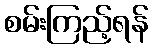
စမ်းကြည့်ရန်